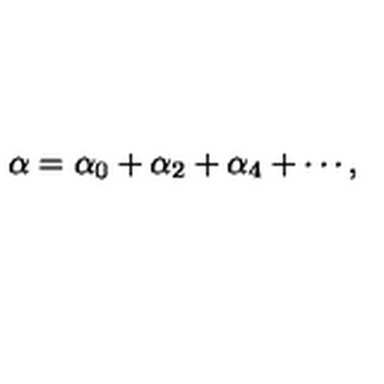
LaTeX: \alpha = \alpha _ { 0 } + \alpha _ { 2 } + \alpha _ { 4 } + \cdots ,